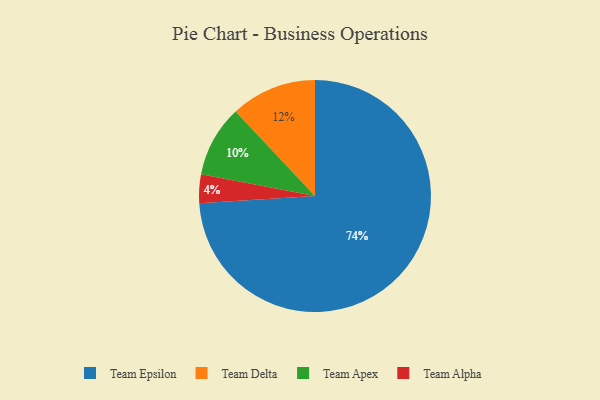
{"axis": {"x": "Category", "y": "Percentage"}, "legend": ["Team Alpha", "Team Apex", "Team Delta", "Team Epsilon"], "data": [{"x": "Team Epsilon", "y": 74, "type": "Team Epsilon"}, {"x": "Team Alpha", "y": 4, "type": "Team Alpha"}, {"x": "Team Delta", "y": 12, "type": "Team Delta"}, {"x": "Team Apex", "y": 10, "type": "Team Apex"}]}